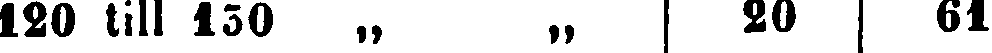
120 till 150 „ „ 20 61